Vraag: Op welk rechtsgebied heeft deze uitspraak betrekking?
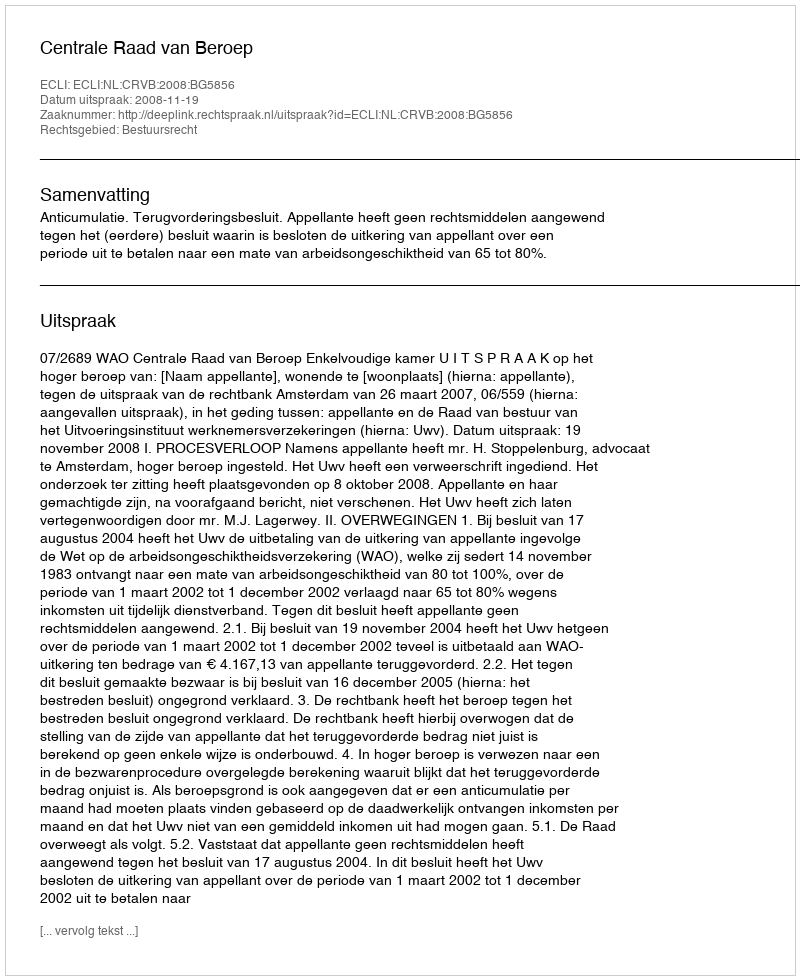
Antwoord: Bestuursrecht